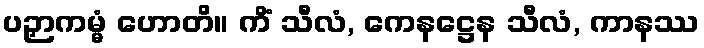
ပဉှာကမ္မံ ဟောတိ။ ကိံ သီလံ, ကေနဋ္ဌေန သီလံ, ကာနဿ